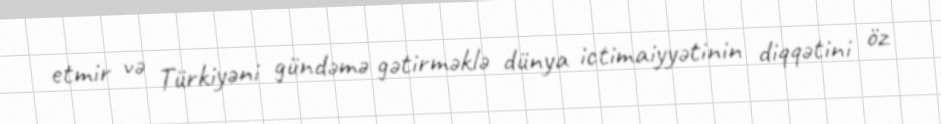
etmir və Türkiyəni gündəmə gətirməklə dünya ictimaiyyətinin diqqətini öz